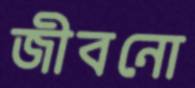
জীবনো